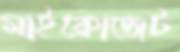
মাইক্রোজেট